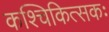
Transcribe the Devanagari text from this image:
कश्चिकित्सकः